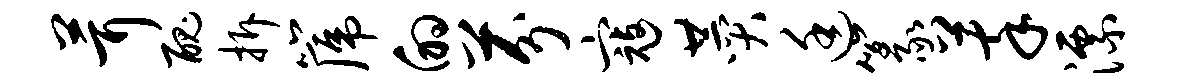
茸丑拆篪的芬寇赞廷篆萃漂